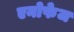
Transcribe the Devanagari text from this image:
एनोफेज